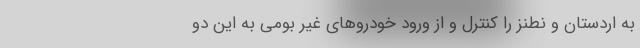
به اردستان و نطنز را کنترل و از ورود خودروهای غیر بومی به این دو